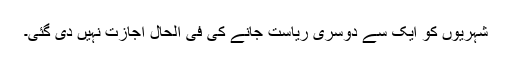
شہریوں کو ایک سے دوسری ریاست جانے کی فی الحال اجازت نہیں دی گئی۔